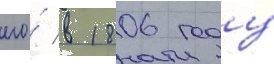
его́ в 1806 году